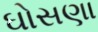
ઘોસણા